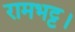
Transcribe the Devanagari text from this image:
रामभट्ट।